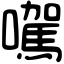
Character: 𡃉